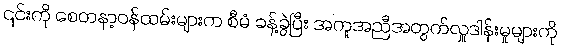
၎င်းကို စေတနာ့ဝန်ထမ်းများက စီမံ ခန့်ခွဲပြီး အကူအညီအတွက်လှူဒါန်းမှုများကို